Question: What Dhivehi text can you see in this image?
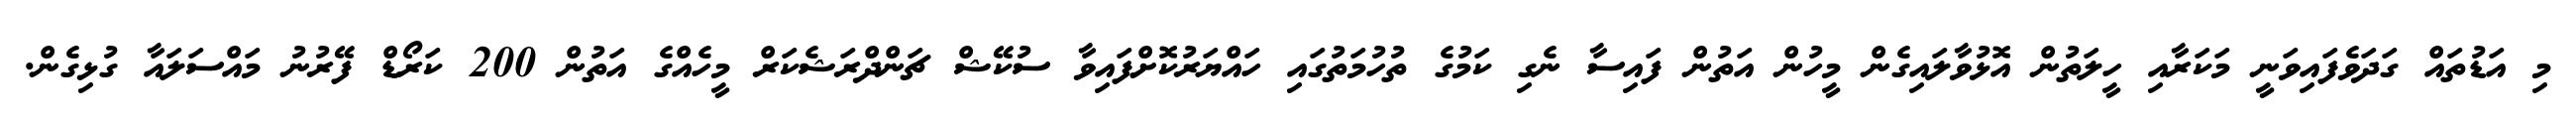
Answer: މި އަޑުތައް ގަދަވެފައިވަނީ މަކަރާއި ހީލަތުން އޮޅުވާލައިގެން މީހުން އަތުން ފައިސާ ނެގި ކަމުގެ ތުހުމަތުގައި ހައްޔަރުކޮށްފައިވާ ސުކޭޝް ޗަންދްރަޝެކަރް މީހެއްގެ އަތުން 200 ކަރޯޑް ފޭރުނު މައްސަލައާ ގުޅިގެން.